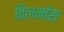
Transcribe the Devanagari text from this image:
विलमॉस